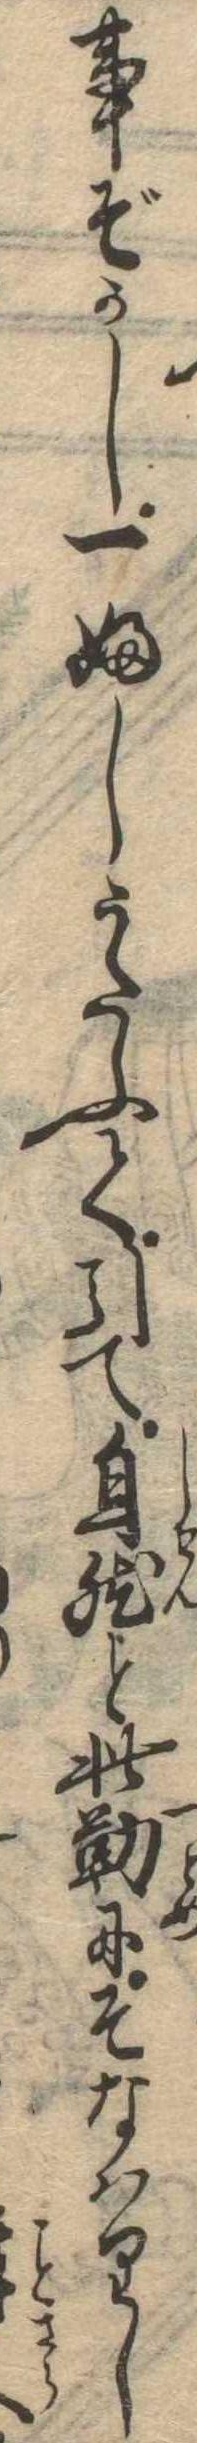
事ぞかし一ふしうたふて引て自然と此勤にそなはりし